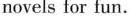
novels for fun.